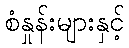
စံနှုန်းများနှင့်